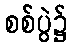
စစ်ပွဲ၌